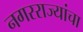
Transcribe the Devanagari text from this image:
नगरराज्यांचा